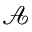
\mathcal { A }